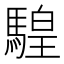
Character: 騜